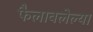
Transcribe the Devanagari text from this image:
फैलावलेल्या